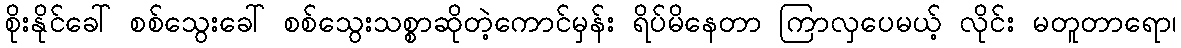
စိုးနိုင်ခေါ် စစ်သွေးခေါ် စစ်သွေးသစ္စာဆိုတဲ့ကောင်မှန်း ရိပ်မိနေတာ ကြာလှပေမယ့် လိုင်း မတူတာရော၊